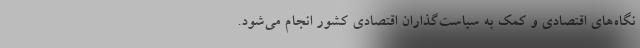
نگاه‌های اقتصادی و کمک به سیاست‌گذاران اقتصادی کشور انجام می‌شود.